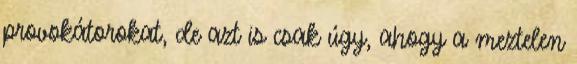
provokátorokat, de azt is csak úgy, ahogy a meztelen